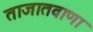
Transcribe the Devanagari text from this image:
ताजातवाणा